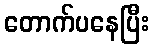
တောက်ပနေပြီး